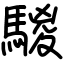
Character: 騣